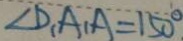
\angle D _ { 1 } A _ { 1 } A = 1 5 0 ^ { \circ }